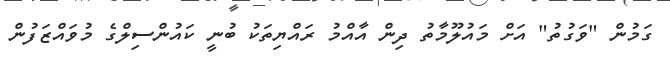
ގަމުން "ވަގުތު" އަށް މައުލޫމާތު ދިން އާއްމު ރައްޔިތަކު ބުނީ ކައުންސިލްގެ މުވައްޒަފުން